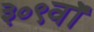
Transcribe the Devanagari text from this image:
३०९वॉ